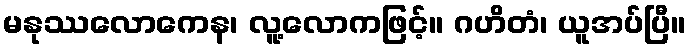
မနုဿလောကေန၊ လူ့လောကဖြင့်။ ဂဟိတံ၊ ယူအပ်ပြီ။